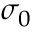
\sigma _ { 0 }